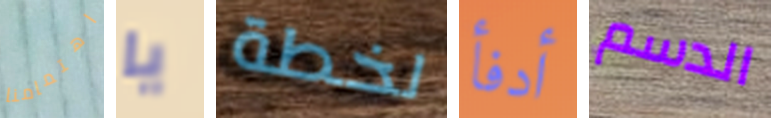
اهتمامنا يا لخطة أدفأ الدسم